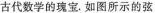
古代数学的瑰宝.如图所示的弦